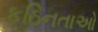
કઠિનતાઓ